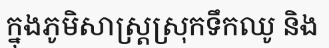
ក្នុងភូមិសាស្ត្រស្រុកទឹកឈូ និង